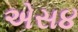
એસ૪